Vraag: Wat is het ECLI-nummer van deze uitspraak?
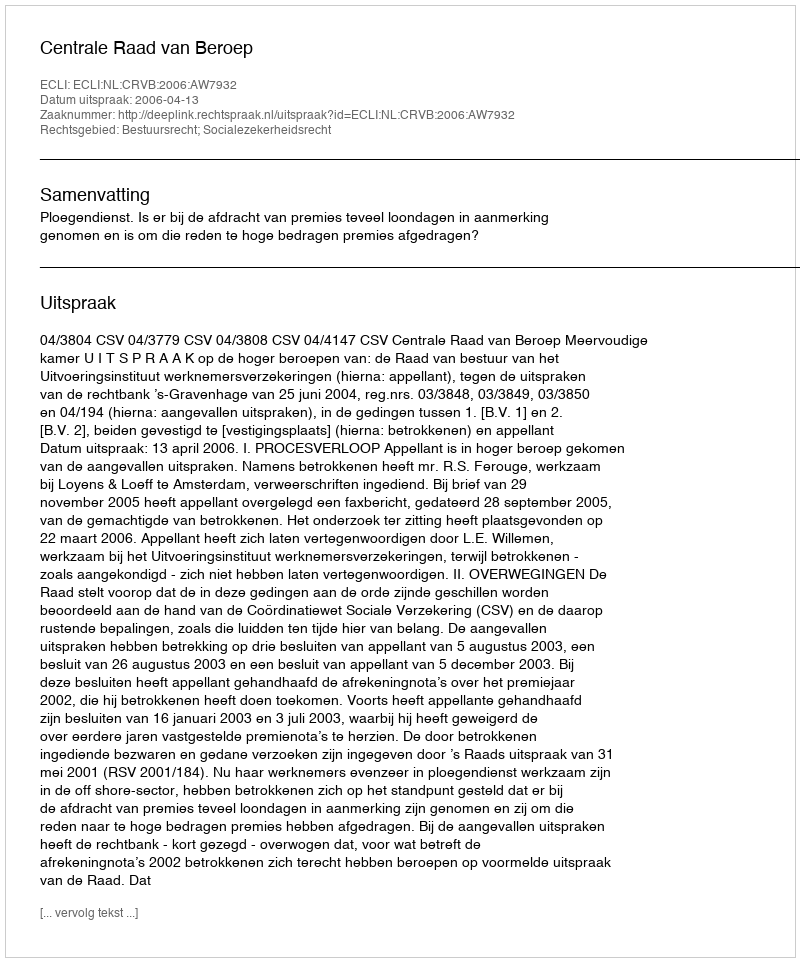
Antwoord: ECLI:NL:CRVB:2006:AW7932